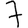
Digit: 7